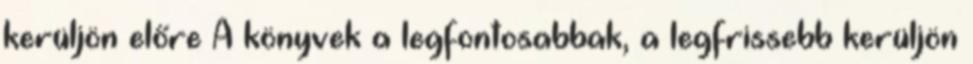
kerüljön előre A könyvek a legfontosabbak, a legfrissebb kerüljön